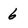
Character: 6